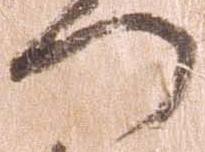
つ